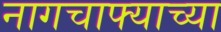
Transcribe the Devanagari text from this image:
नागचाफ्याच्या